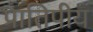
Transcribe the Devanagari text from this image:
प्रातिपीय